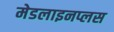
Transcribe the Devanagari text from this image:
मेडलाइनप्लस